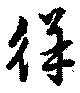
徉